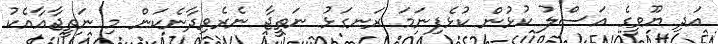
އަދި ޔޫވީގެ އަސްލު ކުޅުން ކުޅެފިނަމަ ރަނގަޅު ނަތީޖާ ނެރެވިދާނެކަން މި ނަތީޖާއާއެކު